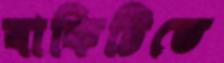
বাকিটিতে